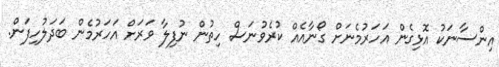
އިންސާނަކު އޮޅިގެން އަހަރުމެނަށް ގޯނާއެއް ކުރެވުނަސް ހިތުން ނުފިލާ ވަރަށް އަހަރުމެން ބަދަލުހިފަން.